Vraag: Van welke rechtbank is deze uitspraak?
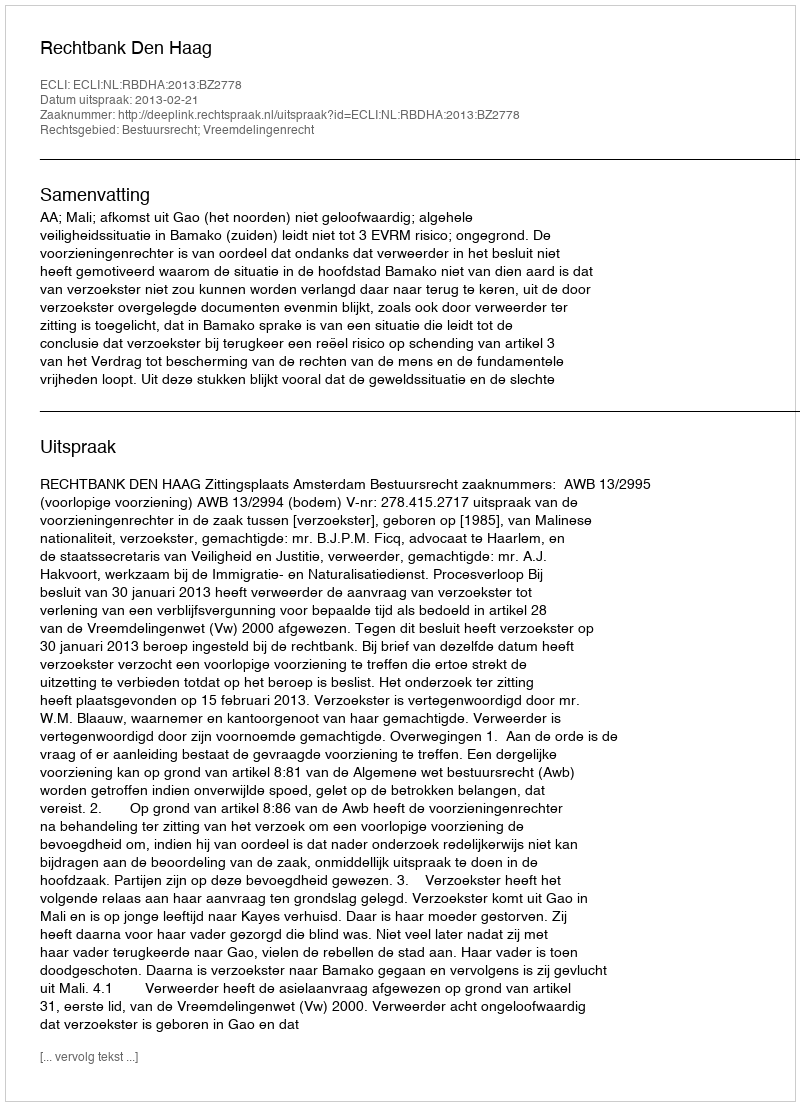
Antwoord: Rechtbank Den Haag